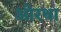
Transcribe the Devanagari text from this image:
ओरथा